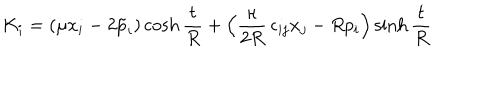
K _ { i } = ( \mu x _ { i } - 2 \tilde { p } _ { i } ) \cosh \frac { t } { R } + \left( \frac { \kappa } { 2 R } \, \epsilon _ { i j } x _ { j } - R p _ { i } \right) \sinh \frac { t } { R }